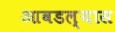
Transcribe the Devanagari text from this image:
आवडल्यास